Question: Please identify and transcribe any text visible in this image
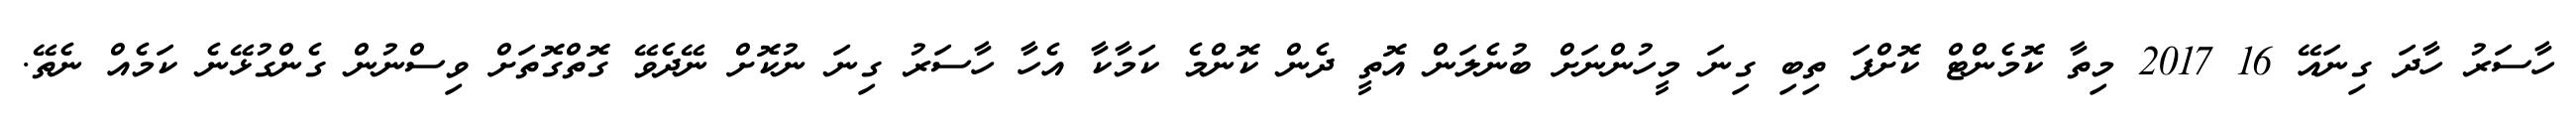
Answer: ހާސަރު ހާދަ ގިނައޭ 16 2017 މިތާ ކޮމެންޓް ކޮށްފަ ތިބި ގިނަ މީހުންނަށް ބުނެލަން އޮތީ ދެން ކޮންމެ ކަމާކާ އެހާ ހާސަރު ގިނަ ނުކޮށް ނޭދެވޭ ގޮތްގޮތަށް ވިސްނުން ގެންގުޅޭނެ ކަމެއް ނެތޭ.